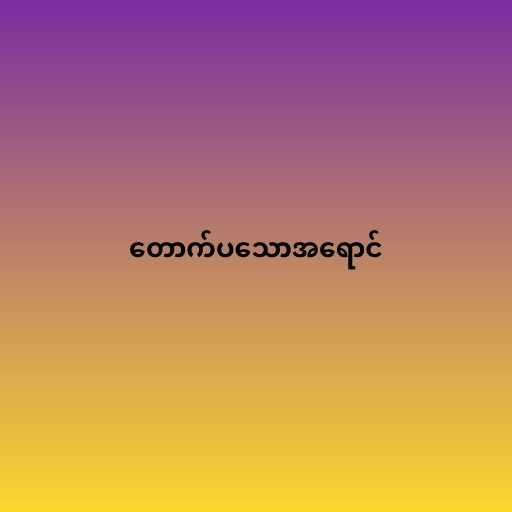
တောက်ပသောအရောင်